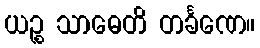
ယဉ္စ သာဓေတိ တင်္ခဏေ။